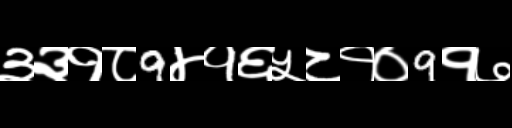
Text: ३३१८9४१६५८१०9१७